Memorandum on the prevention of leprosy by segregation of the affected
Disease focus: Leprosy
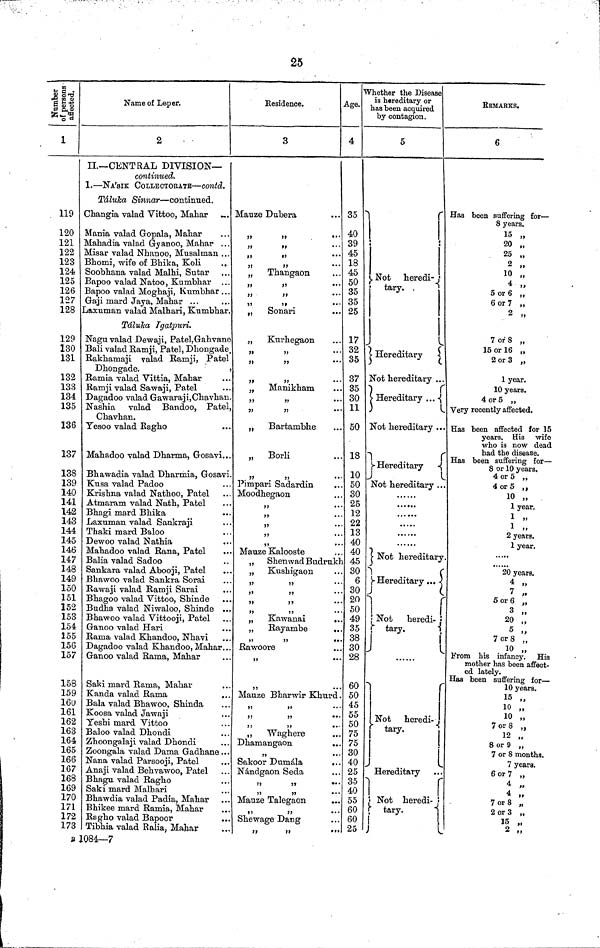
25
affected.
1
119
120
121
122
123
124
125
126
127
128
129
130
131
132
133
134
135
136
137
138
139
140
141
142
143
144
145
146
147
148
149
150
151
152
153
154
155
156
157
158
159
160
161
162
163
164
165
166
167
168
169
170
171
172
173
Name of Leper.
2
II.— CENTRAL DIVISION—
continued.
1. — NA'SIK COLLECTORATE — contd.
Táluka Sinnar — continued.
Changia valad Vittoo" Mahar „.
Mania valad Gopala" Mahar
Mahadia valad Gyanoo" Mahar ...
Misar valad Nhanoo" Musalman ...
Bhomi" wife of Bhika" Koli
Soobhana valad Malhi" Sutar
Bapoo valad Natoo" Kumbhar ...
Bapoo valad Moghaji" Kumbhar . " .
Gaji mard Jaya" Mahar ...
Laxuman valad Malhari" Kumbhar.
Táluka I gatpuri.
Nagu valad Dewaji" Patel"Gahvane
Bali valad Ramji" Patel" Dhongade.
Rakhamaji valad Ramji" Patel
Dhongade.
Ramia valad Vittia" Mahar
Ramji valad Sawaji" Patel
Dagadoo valad Gawaraji"Chavhan
Nashia valad Bandoo" Patel
Chavhan.
Yesoo valad Ragho
Mahadoo valad Dharma" Gosavi..
Bhawadia valad Dharmia" Gosavi
Kusa valad Padoo
Krishna valad Nathoo Patel
Atmaram valad Nath" Patel
Bhagi mard Bhika
Laxuman valad Sankraji
Thaki mard Baloo
Dewoo valad Nathia
Mahadoo valad Rana" Patel
Balia valad Sadoo
Sankara valad Abooji" Patel
Bhawoo valad Sankra Sorai
Rawaji valad Ramji Sarai
Bhagoo valad Vittoo" Shinde
Budha valad Niwaloo" Shinde ..
Bhawoo valad Vittooji" Patel
Ganoo valad Hari
Rama valad Khandoo" Nhavi
Dagadoo valad Khandoo" Mahar..
Ganoo valad Rama Mahar
Saki mard Rama" Mahar
Kanda valad Rama
Bala valad Bhawoo" Shinda
Koosa valad Jawaji
Yeshi mard Vittoo
Baloo valad Dhondi
Zhoongalaji valad Dhondi
Zoongala valad Dama Gadhane..
Nana valad Parsooji" Patel
Anaji valad Behvawoo" Patel
Bhagu valad Ragho
Saki mard Malhari
Bhawdia valad Padia" Mahar
Bhikee mard Ramia" Mahar
Ragho valad Bapoor
Tibhia valad Ralia" Mahar
Residence.
3
Mauze Dubera
"
"
"
"
"
"
„
Thangaon
"
"
"
"
•••
"
"
•••
"
Sonari
„
Knrhegaon
"
"
"
"
"
„ Manikham
"
"
•'
"
"
••
„
Bartambhe
„
Borli
"
"
Pimpari Sadardin
Moodhegaon
Mauze Kalooste
" " Shen wad Budruk
„ Kushigaon
"
"
"
"
"
"
"
"
„ Kawanai
„ Rayambe
"
"
Rawoore
"
"
Mauze Bharwir Khurd
"
"
••
" " ••
"
"
"
Waghere
Dhamangaon
"
"
Sakoor Dumála
..
Nándgaon Seda
"
"
"
••
Mauze Talegaon
"
"
••
Shewage Dang
"
"
"
Age.
4
35
40
39
45
18
45
50
35
35
25
17
32
35
37
35
30
11
50
18
10
50
30
25
12
22
13
40
40
45
30
6
30
20
50
49
35
38
30
28
60
50
45
55
50
75
75
30
40
25
35
40
55
60
60
25
Whether the Disease
is hereditary or
has been acquired
by contagion.
5
Not heredi-
tary.
Hereditary
Not hereditary . .
Hereditary ...
Not hereditary ..
Hereditary
Not hereditary .
.....
Not hereditary
Hereditary
Not
heredi-
tary.
Not
heredi
tary.
Hereditary
Not
heredi-
tary.
REMARKS"
6
Has been suffering for —
8 years.
15 „
20 „
25 „
2 „
10 „
4 „
5 or 6 "
6 or 7 „
2 „
7 of 8 „
15 or 16 „
2 or 3 „
1 year.
10 years.
4 or 5 "
Very recently affected.
Has been affected for 15
years. His wife
who is now dead
had the disease.
Has been suffering for —
8 or 10 years.
4 or 5 "
4 or 5 "
10
10 "
1 year.
1
1 " „
2 years.
1 year.
20 years.
4 „
7 „
5 or 6 „
3 „
20 „
5 „
7 or 8 „
10
"
From his infancy. His
mother has been affect-
ed lately.
Has been suffering for —
10 years.
15 „
10 „
10 „
7 or 8 „
12 „
8 or 9 „
7 or 8 months.
7 years.
6 or 7 „
4 „
4 „
7 or 8 „
2 or 3 „
15 „
2 „
1084—7